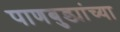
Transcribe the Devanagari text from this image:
पाणबुड्यांच्या